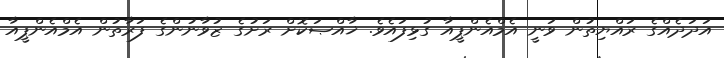
އަދަދެއްގެ ރައްޔިތުން ވަނީ އެމްއެންޕީއާ ގުޅިފައެވެ. ޚާއްޞަކޮށް ރަށުގެ ޒުވާނުންގެ ފަރާތުން އެމްއެންޕީއާ